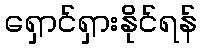
ရှောင်ရှားနိုင်ရန်